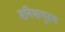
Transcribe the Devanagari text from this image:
मनिमागुडम